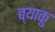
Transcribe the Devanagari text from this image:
ब्याकु